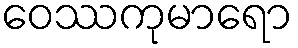
ဝေဿကုမာရော